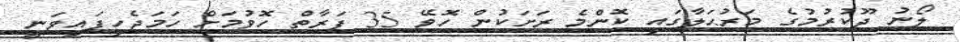
ލޯނު ދޫކުރުމުގެ މަރުޙަލާގައި ކޮންމެ ރަށަކުން ހޮވޭ 35 ފަރާތް ހޮވުމަށް ހަމަޖެހިފައިވަނީ